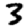
Digit: 3